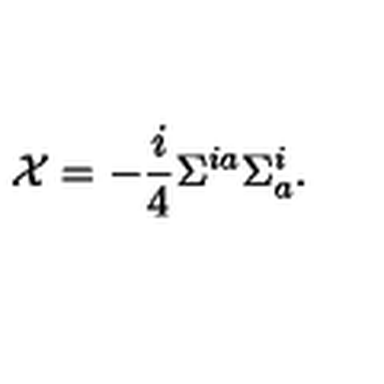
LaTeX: { \cal X } = - \frac { i } { 4 } \Sigma ^ { i a } \Sigma _ { a } ^ { i } .